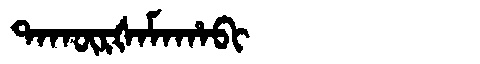
Manchu: ᡨᠠᡴᡡᡵᡧᠠᠮᠠᡥᠠᠪᡳ
Romanization: TAKŪRŠAMAHABI